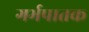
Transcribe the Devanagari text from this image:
गर्भपातक